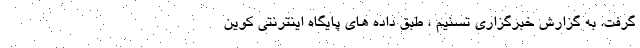
گرفت. به گزارش خبرگزاری تسنیم ، طبق داده های پایگاه اینترنتی کوین